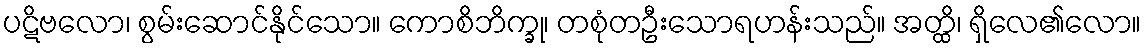
ပဋိဗလော၊ စွမ်းဆောင်နိုင်သော။ ကောစိဘိက္ခု၊ တစုံတဦးသောရဟန်းသည်။ အတ္ထိ၊ ရှိလေ၏လော။